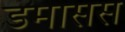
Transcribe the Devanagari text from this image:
डमासस